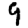
Digit: 9